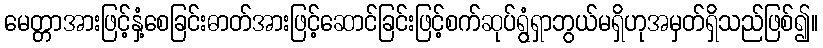
မေတ္တာအားဖြင့်နှံ့စေခြင်းဓာတ်အားဖြင့်ဆောင်ခြင်းဖြင့်စက်ဆုပ်ရွံရှာဘွယ်မရှိဟုအမှတ်ရှိသည်ဖြစ်၍။